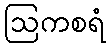
ဩကစရံ